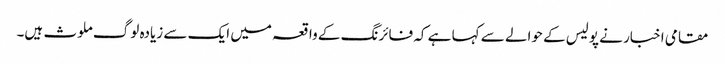
مقامی اخبار نے پولیس کے حوالے سے کہا ہے کہ فائرنگ کے واقعہ میں ایک سے زیادہ لوگ ملوث ہیں۔